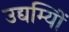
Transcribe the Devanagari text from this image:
उद्यम्यिों